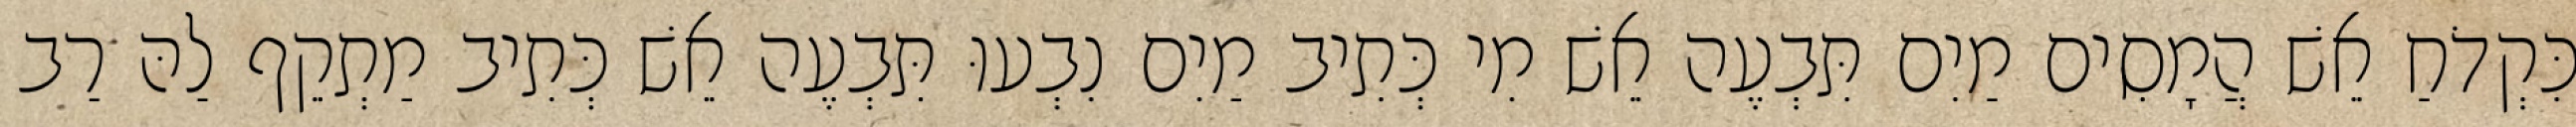
כִּקְדֹחַ אֵשׁ הֲמָסִים מַיִם תִּבְעֶה אֵשׁ מִי כְּתִיב מַיִם נִבְעוּ תִּבְעֶה אֵשׁ כְּתִיב מַתְקֵף לַהּ רַב